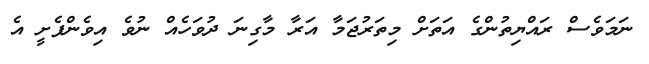
ނަމަވެސް ރައްޔިތުންގެ އަތަށް މިތަރުޖަމާ އަރާ މާގިނަ ދުވަހެއް ނުވެ އިވެންފެށީ އެ